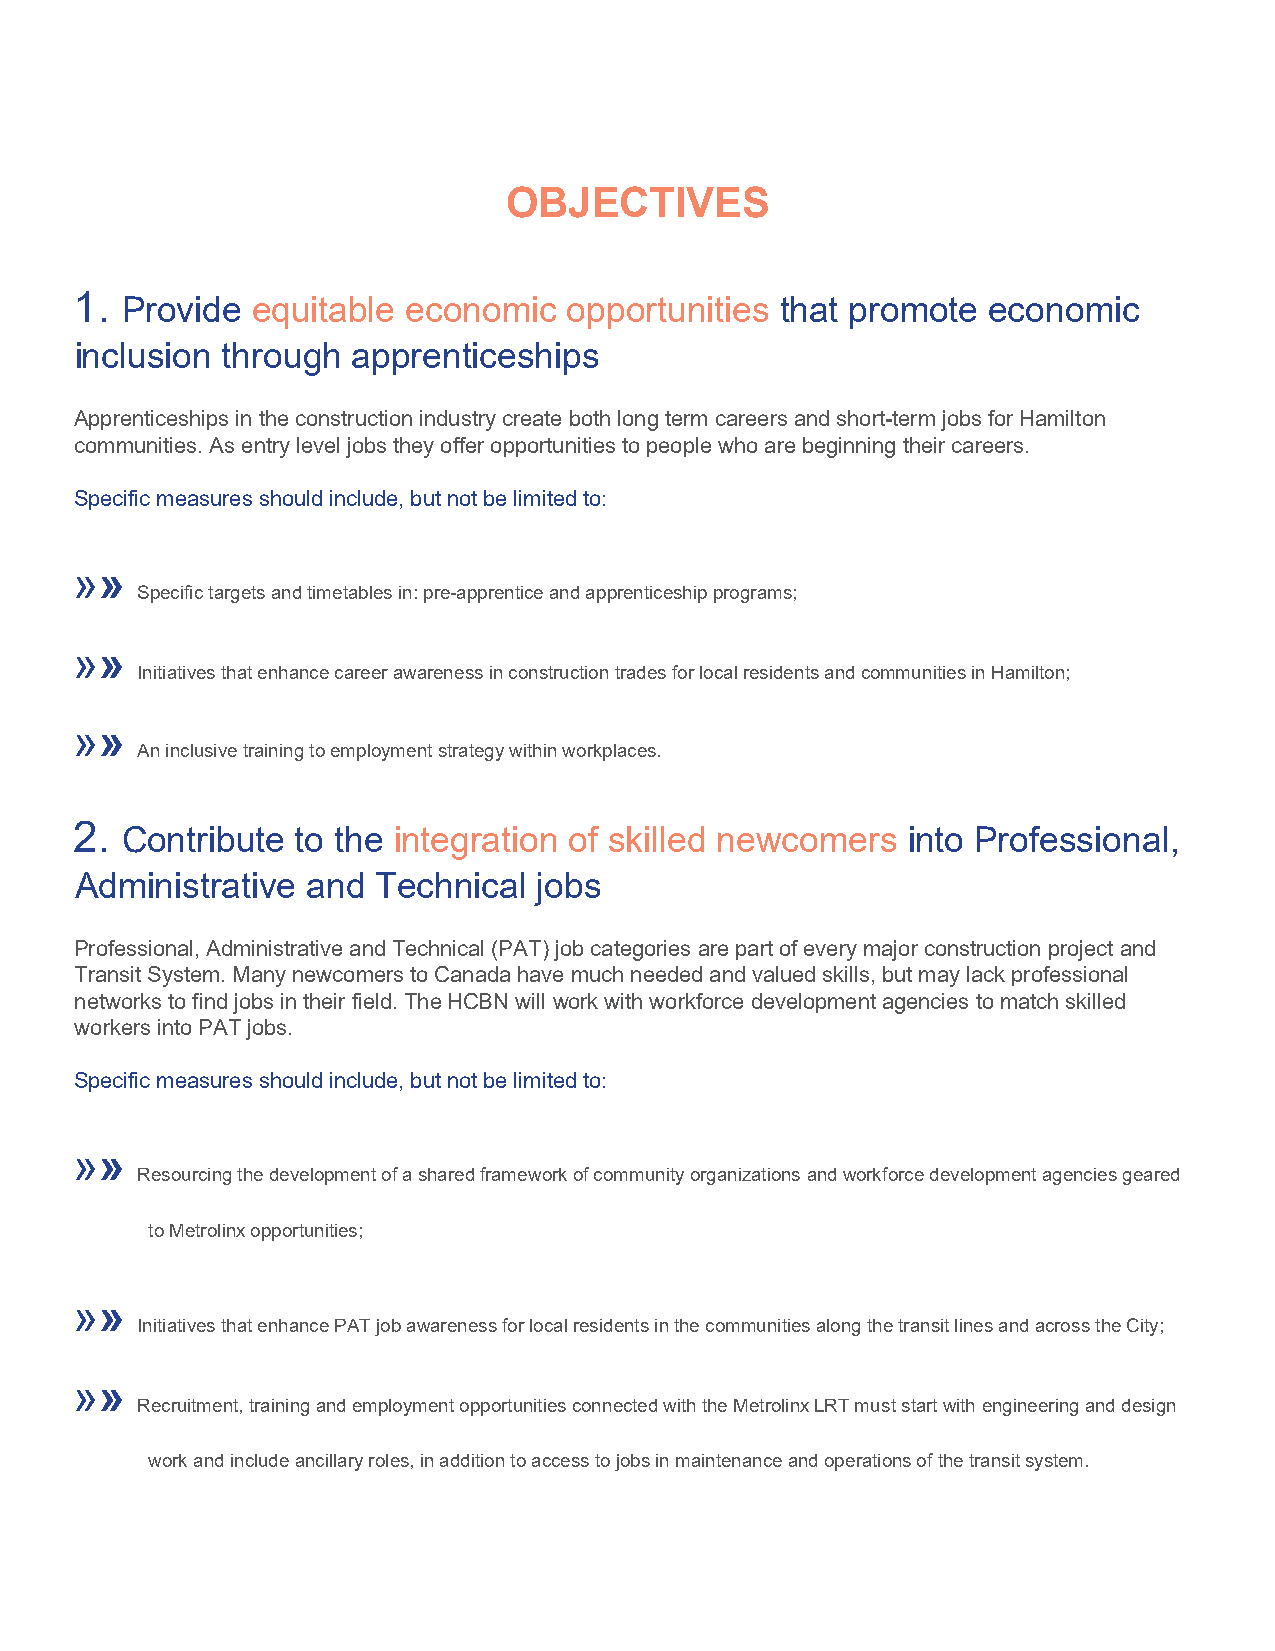
OBJECTIVES
 1.
 Provide  equitable economic   opportunities that promote economic
 inclusion through apprenticeships
 Apprenticeships in the construction industry create both long term careers and short-term jobs for Hamilton
 communities. As entry level jobs they offer opportunities to people who are beginning their careers.
 Specific measures should include, but not be limited to:
 »»
 Specific targets and timetables in: pre-apprentice and apprenticeship programs;
 »»
 Initiatives that enhance career awareness in construction trades for local residents and communities in Hamilton;
 »»
 An inclusive training to employment strategy within workplaces.
 2.
 Contribute  to the integration of skilled newcomers into Professional,
 Administrative and  Technical  jobs
 Professional, Administrative and Technical (PAT) job categories are part of every major construction project and
 Transit System. Many newcomers to Canada have much needed and valued skills, but may lack professional
 networks to find jobs in their field. The HCBN will work with workforce development agencies to match skilled
 workers into PAT jobs.
 Specific measures should include, but not be limited to:
 »»
 Resourcing the development of a shared framework of community organizations and workforce development agencies geared
 to Metrolinx opportunities;
 »»
 Initiatives that enhance PAT job awareness for local residents in the communities along the transit lines and across the City;
 »»
 Recruitment, training and employment opportunities connected with the Metrolinx LRT must start with engineering and design
 work and include ancillary roles, in addition to access to jobs in maintenance and operations of the transit system.